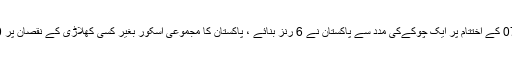
اوور نمبر 07 کے اختتام پر ایک چوکےکی مدد سے پاکستان نے 6 رنز بنائے ، پاکستان کا مجموعی اسکور بغیر کسی کھلاڑی کے نقصان پر 34/0 ہوگیا۔